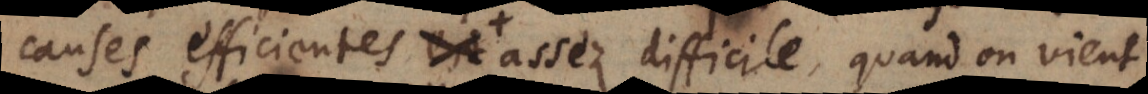
en recompense assez difficile, quand on vient